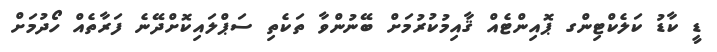
ޑީ ކާޑު ކަލެކްޓިންގ ޕޮއިންޓެއް ޤާއިމުކުރުމަށް ބޭނުންވާ ތަކެތި ސަޕްލައިކޮށްދޭނެ ފަރާތެއް ހޯދުމަށް